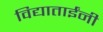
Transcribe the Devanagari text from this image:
विद्याताईंनी